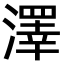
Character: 澤